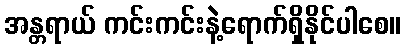
အန္တရာယ် ကင်းကင်းနဲ့ရောက်ရှိနိုင်ပါစေ။